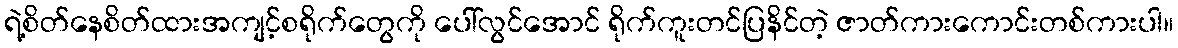
ရဲ့စိတ်နေစိတ်ထားအကျင့်စရိုက်တွေကို ပေါ်လွင်အောင် ရိုက်ကူးတင်ပြနိင်တဲ့ ဇာတ်ကားကောင်းတစ်ကားပါ။